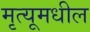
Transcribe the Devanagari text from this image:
मृत्यूमधील